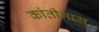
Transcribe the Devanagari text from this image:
कांतीगास